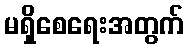
မရှိစေရေးအတွက်